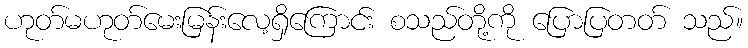
ဟုတ်မဟုတ်မေးမြန်းလေ့ရှိကြောင်း စသည်တို့ကို ပြောပြတတ် သည်။